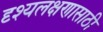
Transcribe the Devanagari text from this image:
दृश्यलक्षणासाठी